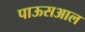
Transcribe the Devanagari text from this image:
पाऊसआल